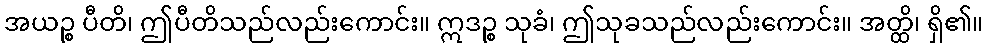
အယဉ္စ ပီတိ၊ ဤပီတိသည်လည်းကောင်း။ ဣဒဉ္စ သုခံ၊ ဤသုခသည်လည်းကောင်း။ အတ္ထိ၊ ရှိ၏။